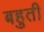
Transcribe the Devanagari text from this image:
बहुती